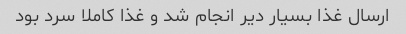
ارسال غذا بسیار دیر انجام شد و غذا کاملا سرد بود